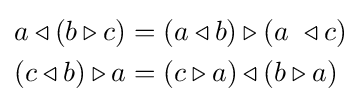
{\begin{aligned}a\triangleleft (b\triangleright c)&=(a\triangleleft b)\triangleright (a\ \triangleleft c)\\(c\triangleleft b)\triangleright a&=(c\triangleright a)\triangleleft (b\triangleright a)\end{aligned}}